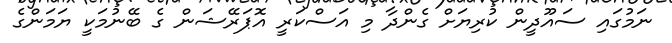
ނަމުގައި ސައޫދީން ކުރިޔަށް ގެންދާ މި އަސްކަރީ އޮޕަރޭޝަން ގެ ބޭނުމަކީ ޔަމަންގެ